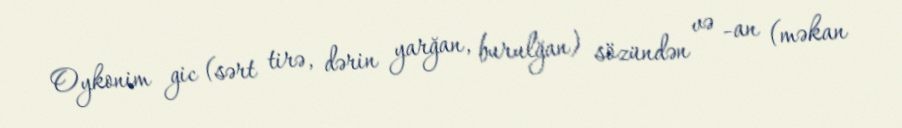
Oykonim gic (sərt tirə, dərin yarğan, burulğan) sözündən və -an (məkan